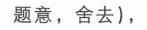
题意，舍去),